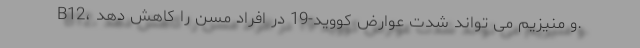
B12، و منیزیم می تواند شدت عوارض کووید-19 در افراد مسن را کاهش دهد.